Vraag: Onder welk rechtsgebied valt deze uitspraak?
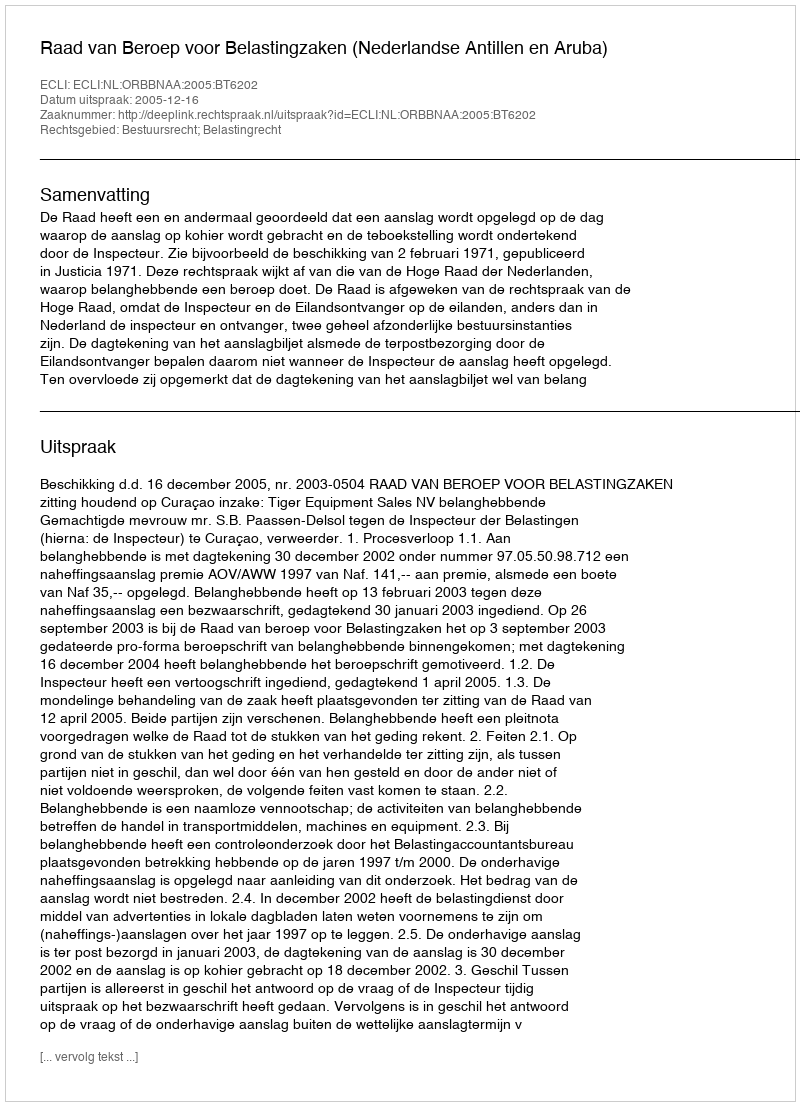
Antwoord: Bestuursrecht; Belastingrecht